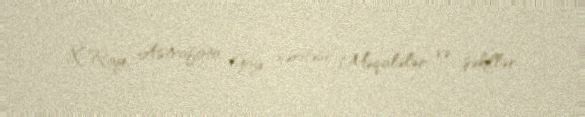
X-Ray, Astrofoto, Göy xəritəsi, Məqalələr və şəkillər.